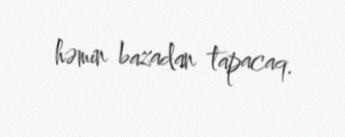
həmin bazadan tapacaq.